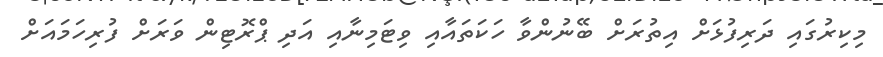
މިކިރުގައި ދަރިފުޅަށް އިތުރަށް ބޭނުންވާ ހަކަތައާއި ވިޓަމިނާއި އަދި ޕްރޮޓިން ވަރަށް ފުރިހަމައަށް